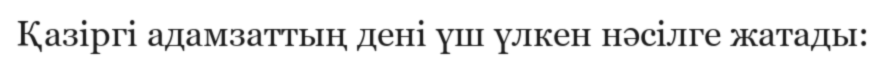
Қазіргі адамзаттың дені үш үлкен нәсілге жатады: